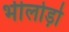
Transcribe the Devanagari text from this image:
भीलोड़ो